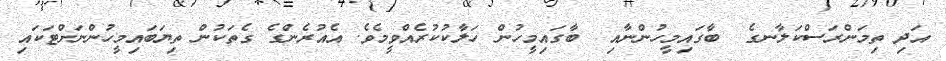
އަދި ތިމަންރަސްކަލާނގެ  ބާގައިމީހުންނާއި  ބާގައިމީހުން ހަލާކުކުރެއްވީމެވެ. އެއުރެންގެ ގެތަކުން ތިޔަބައިމީހުންނަށްޓަކައި